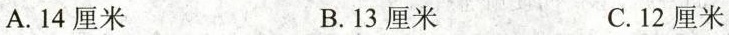
A.14厘米 B.13厘米 C.12厘米